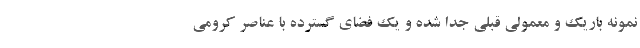
نمونه باریک و معمولی قبلی جدا شده و یک فضای گسترده با عناصر کرومی